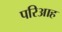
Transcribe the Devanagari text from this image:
परिआह